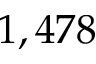
1 , 4 7 8